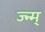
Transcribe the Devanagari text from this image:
ज्न्म्